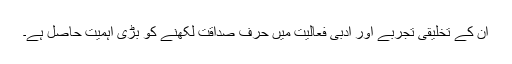
ان کے تخلیقی تجربے اور ادبی فعالیت میں حرف صداقت لکھنے کو بڑی اہمیت حاصل ہے۔